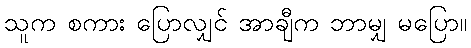
သူက စကား ပြောလျှင် အာချီက ဘာမျှ မပြော။